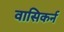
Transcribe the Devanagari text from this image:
वासिकर्न